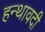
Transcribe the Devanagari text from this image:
हन्थावदी